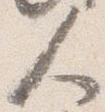
人